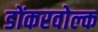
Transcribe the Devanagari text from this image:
डोंकरवोल्क